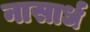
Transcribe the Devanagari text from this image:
नासार्ध